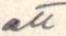
att